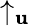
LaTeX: \uparrow_{\mathbf{u}}